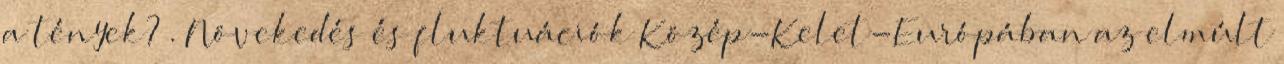
a tények? . Növekedés és fluktuációk Közép-Kelet-Európában az elmúlt